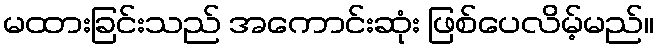
မထားခြင်းသည် အကောင်းဆုံး ဖြစ်ပေလိမ့်မည်။